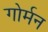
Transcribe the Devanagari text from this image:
गोर्मन